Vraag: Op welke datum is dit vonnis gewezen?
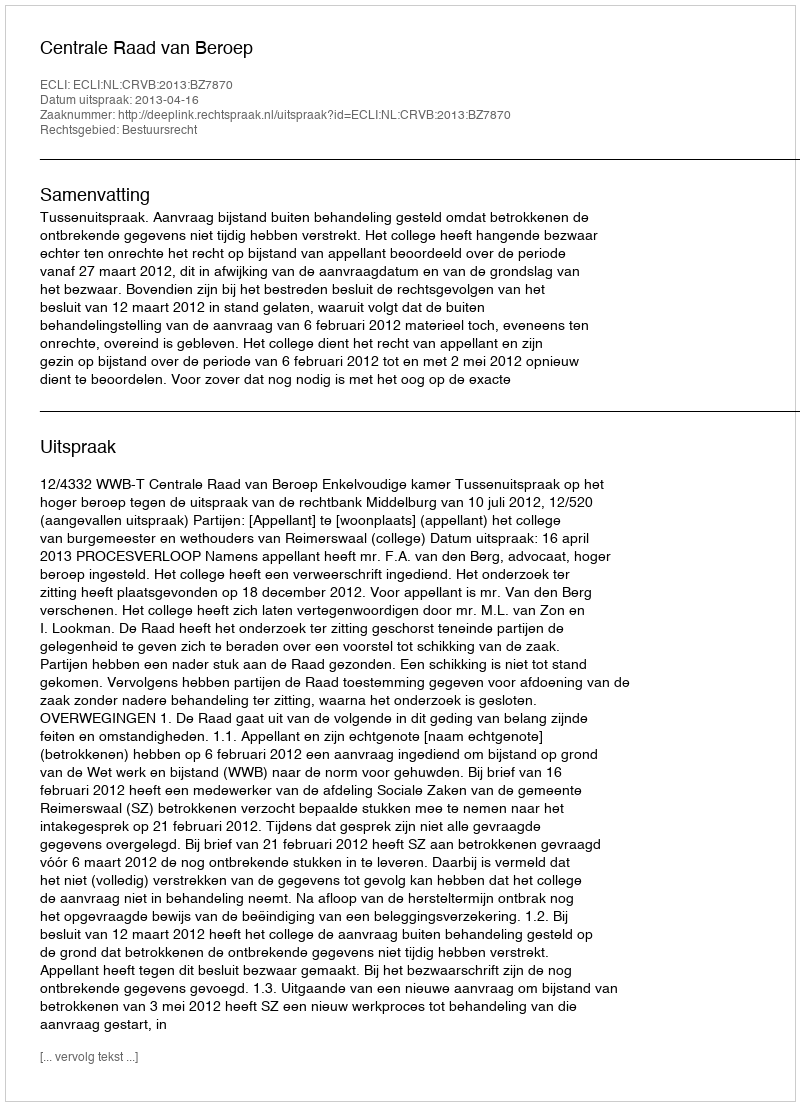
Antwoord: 2013-04-16